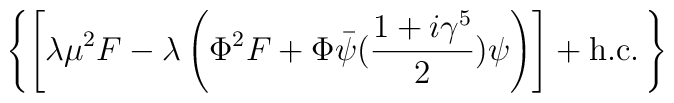
\left\{ \left[ \lambda\mu^2 F -\lambda\left(\Phi^2F+ \Phi \bar\psi ({1+i\gamma^5 \over 2})\psi\right)  \right] +{\rm h.c.} \, \right\}